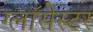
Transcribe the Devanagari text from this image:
ग्लॉसेस्टर